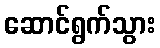
ဆောင်ရွက်သွား